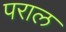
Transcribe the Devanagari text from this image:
पराल